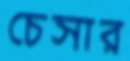
চেসার